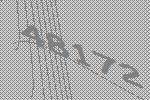
48172